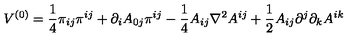
V ^ { ( 0 ) } = \frac { 1 } { 4 } \pi _ { i j } \pi ^ { i j } + \partial _ { i } A _ { 0 j } \pi ^ { i j } - \frac { 1 } { 4 } A _ { i j } \nabla ^ { 2 } A ^ { i j } + \frac { 1 } { 2 } A _ { i j } \partial ^ { j } \partial _ { k } A ^ { i k }